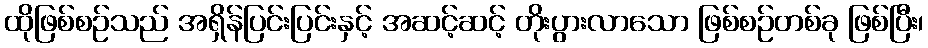
ထိုဖြစ်စဉ်သည် အရှိန်ပြင်းပြင်းနှင့် အဆင့်ဆင့် တိုးပွားလာသော ဖြစ်စဉ်တစ်ခု ဖြစ်ပြီး၊